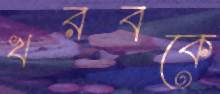
খরবকে